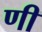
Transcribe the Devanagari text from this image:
णी